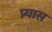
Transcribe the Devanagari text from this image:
प्र्यास